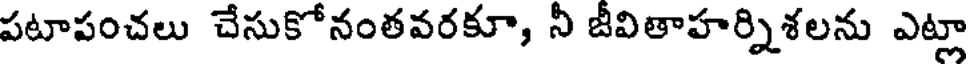
పటాపంచలు చేసుకోనంతవరకూ, నీ జీవితాహర్నిశలను ఎట్లా